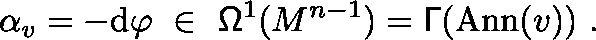
\alpha _ { v } = - \mathrm { d } \varphi \ \in \ \mathsf { \Omega } ^ { 1 } ( M ^ { n - 1 } ) = \mathsf { \Gamma } ( \mathrm { A n n } ( v ) ) \ .